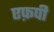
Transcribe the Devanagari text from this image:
एफ़पी